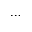
\cdots